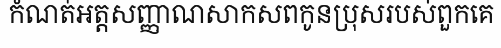
កំណត់អត្តសញ្ញាណសាកសពកូនប្រុសរបស់ពួកគេ